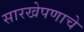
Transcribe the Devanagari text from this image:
सारखेपणाचे